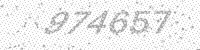
Solution: 974657